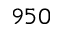
9 5 0